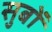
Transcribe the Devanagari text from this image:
सुबों